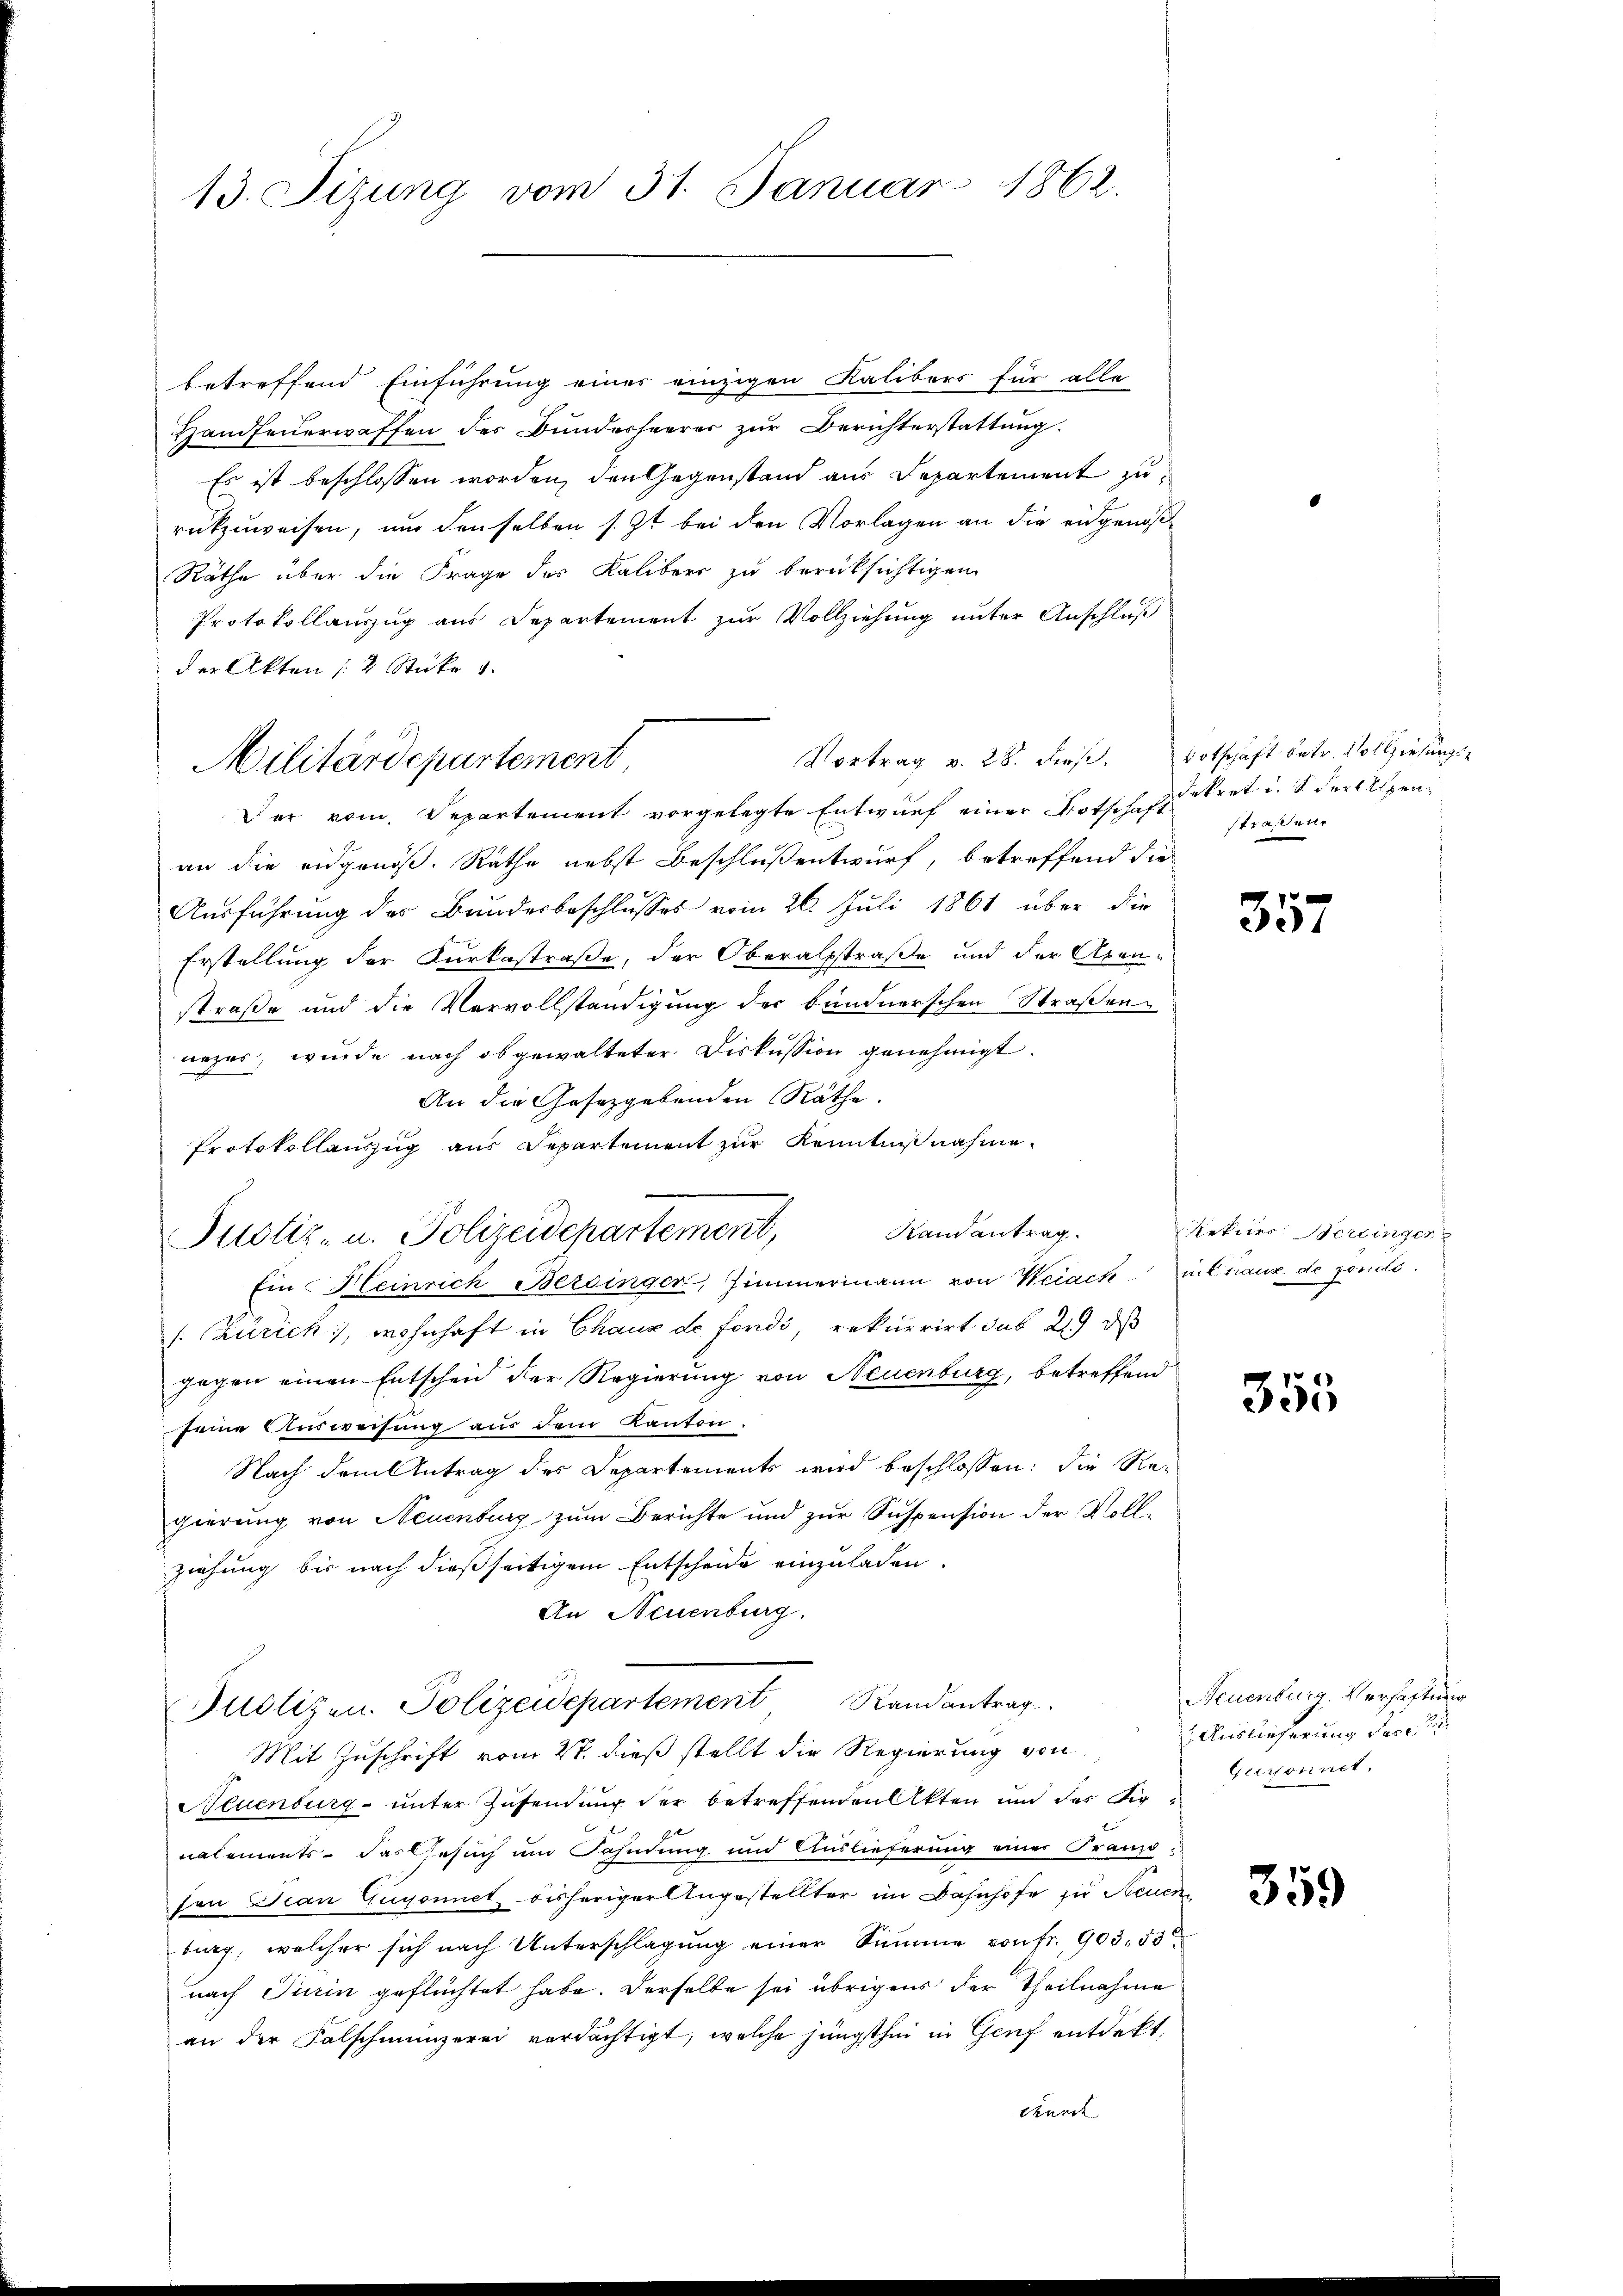
13. Fizung vom 31. Januar 1862.

betreffend Einführung einer einzigen Kalibers für alle
Handfeŭerwaffen des Bundesheerer zŭr Berichterstattŭng.
Es ist beschlossen worden, den Gegenstand aus Departement zu
rückzuweisen, um denselben s. Zt. bei den Vorlagen an die eidgenoß¬
Räthe über die Frage des Kalibers zu berüksichtigen
Protokollauszug aus Departement zur Vollziehung unter Anschluß
der Akten 12 Stücke 1.
Der vom Departement vorgelegte Entwurf einer Botschaftet u. S. der Alpen
an die eidgenöß. Rathe nebst Beschloßentwurf, betreffend die
Ausführung des Bundesbeschlusses vom 26. Juli 1861 über die
Erstellung der Kurkostraße, der Oberalstraße und der Axenstraße und die Vervollständigung der bundnerschen Straßennezer, wurde nach abgewalteter Diskussion genehmigt.
An die Gesetzgebenden Räthe.
Protokollauszug aus Departement zur Kenntnißnahme
Ramantrag.
Justiz- u. Polizeidepartement,
Ein Heinrich Bersinger, Zimmermann von Weiack in Franz, de fondé.
/Zürich, wohnhaft in Chaux de fondi, rekurrirt das 29, das
gegen einen Entscheid der Regierung von Neuenburg, betreffend
seine Ausweisung aus dem Kanton.
Nach dem Antrag des Departements wird beschlossen: die Regierung von Neuenburg zum Berichte und zur Suspension der Vollziehung bis nach dießseitigem Entscheide einzuladen.
An Neuenburg.
Juolizen. Polizeidepartement Randantrag
Mit Zuschrift vom 27. dieß stellt die Regierung von
Neuenburg unter Zusendung der betreffenden Akten und des Signalements das Gesuch um Fahndung und Auslieferung einer Franzö¬
Fon Jean Gugonnet bisheriger Angestellter im Bahnhofe zu Neuen
burg, welcher sich nach Unterschlagung einer Summe von fr. 903. 55
nach Turin geflüchtet habe. Derselbe sei übrigens der Theilnahme
an der Falschmünzerei verdächtigt, welche jüngsthin in Genf entdekt,
durch

Militärdepartement,

Vortrag v. 28. dieß. Botschäft betr. Vollziehungs¬

.

straßen.

357

Rekurs Berlinger

355

Neuenburg. Verhaftung
Auslieferung der
Gurronnet.

359